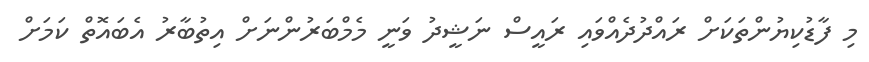
މި ފާޑުކިޔުންތަކަށް ރައްދުދެއްވައި ރައީސް ނަޝީދު ވަނީ މެމްބަރުންނަށް އިތުބާރު އެބައޮތް ކަމަށް